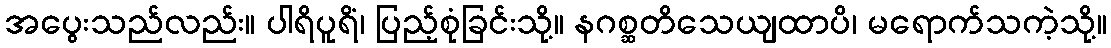
အပွေးသည်လည်း။ ပါရိပူရိံ၊ ပြည့်စုံခြင်းသို့။ နဂစ္ဆတိသေယျထာပိ၊ မရောက်သကဲ့သို့။